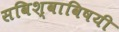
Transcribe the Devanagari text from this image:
सविश्वाविषयी